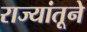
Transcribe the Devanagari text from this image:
राज्यांतूने